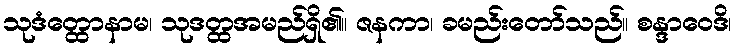
သုဒံတ္ထောနာမ၊ သုဒတ္ထအမည်ရှိ၏။ ဇနကာ၊ ခမည်းတော်သည်။ စန္ဒာဝေဒိ၊